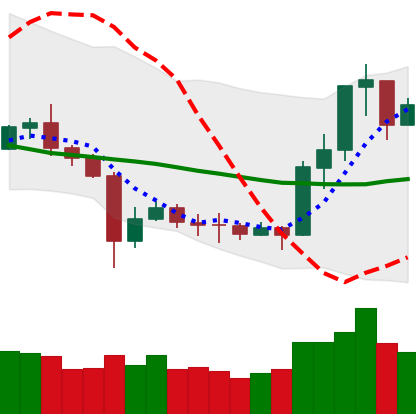
Ticker: ETC-USD
Chart end date: 2020-07-11
Forward return: -7.421%
Label: down_7plus